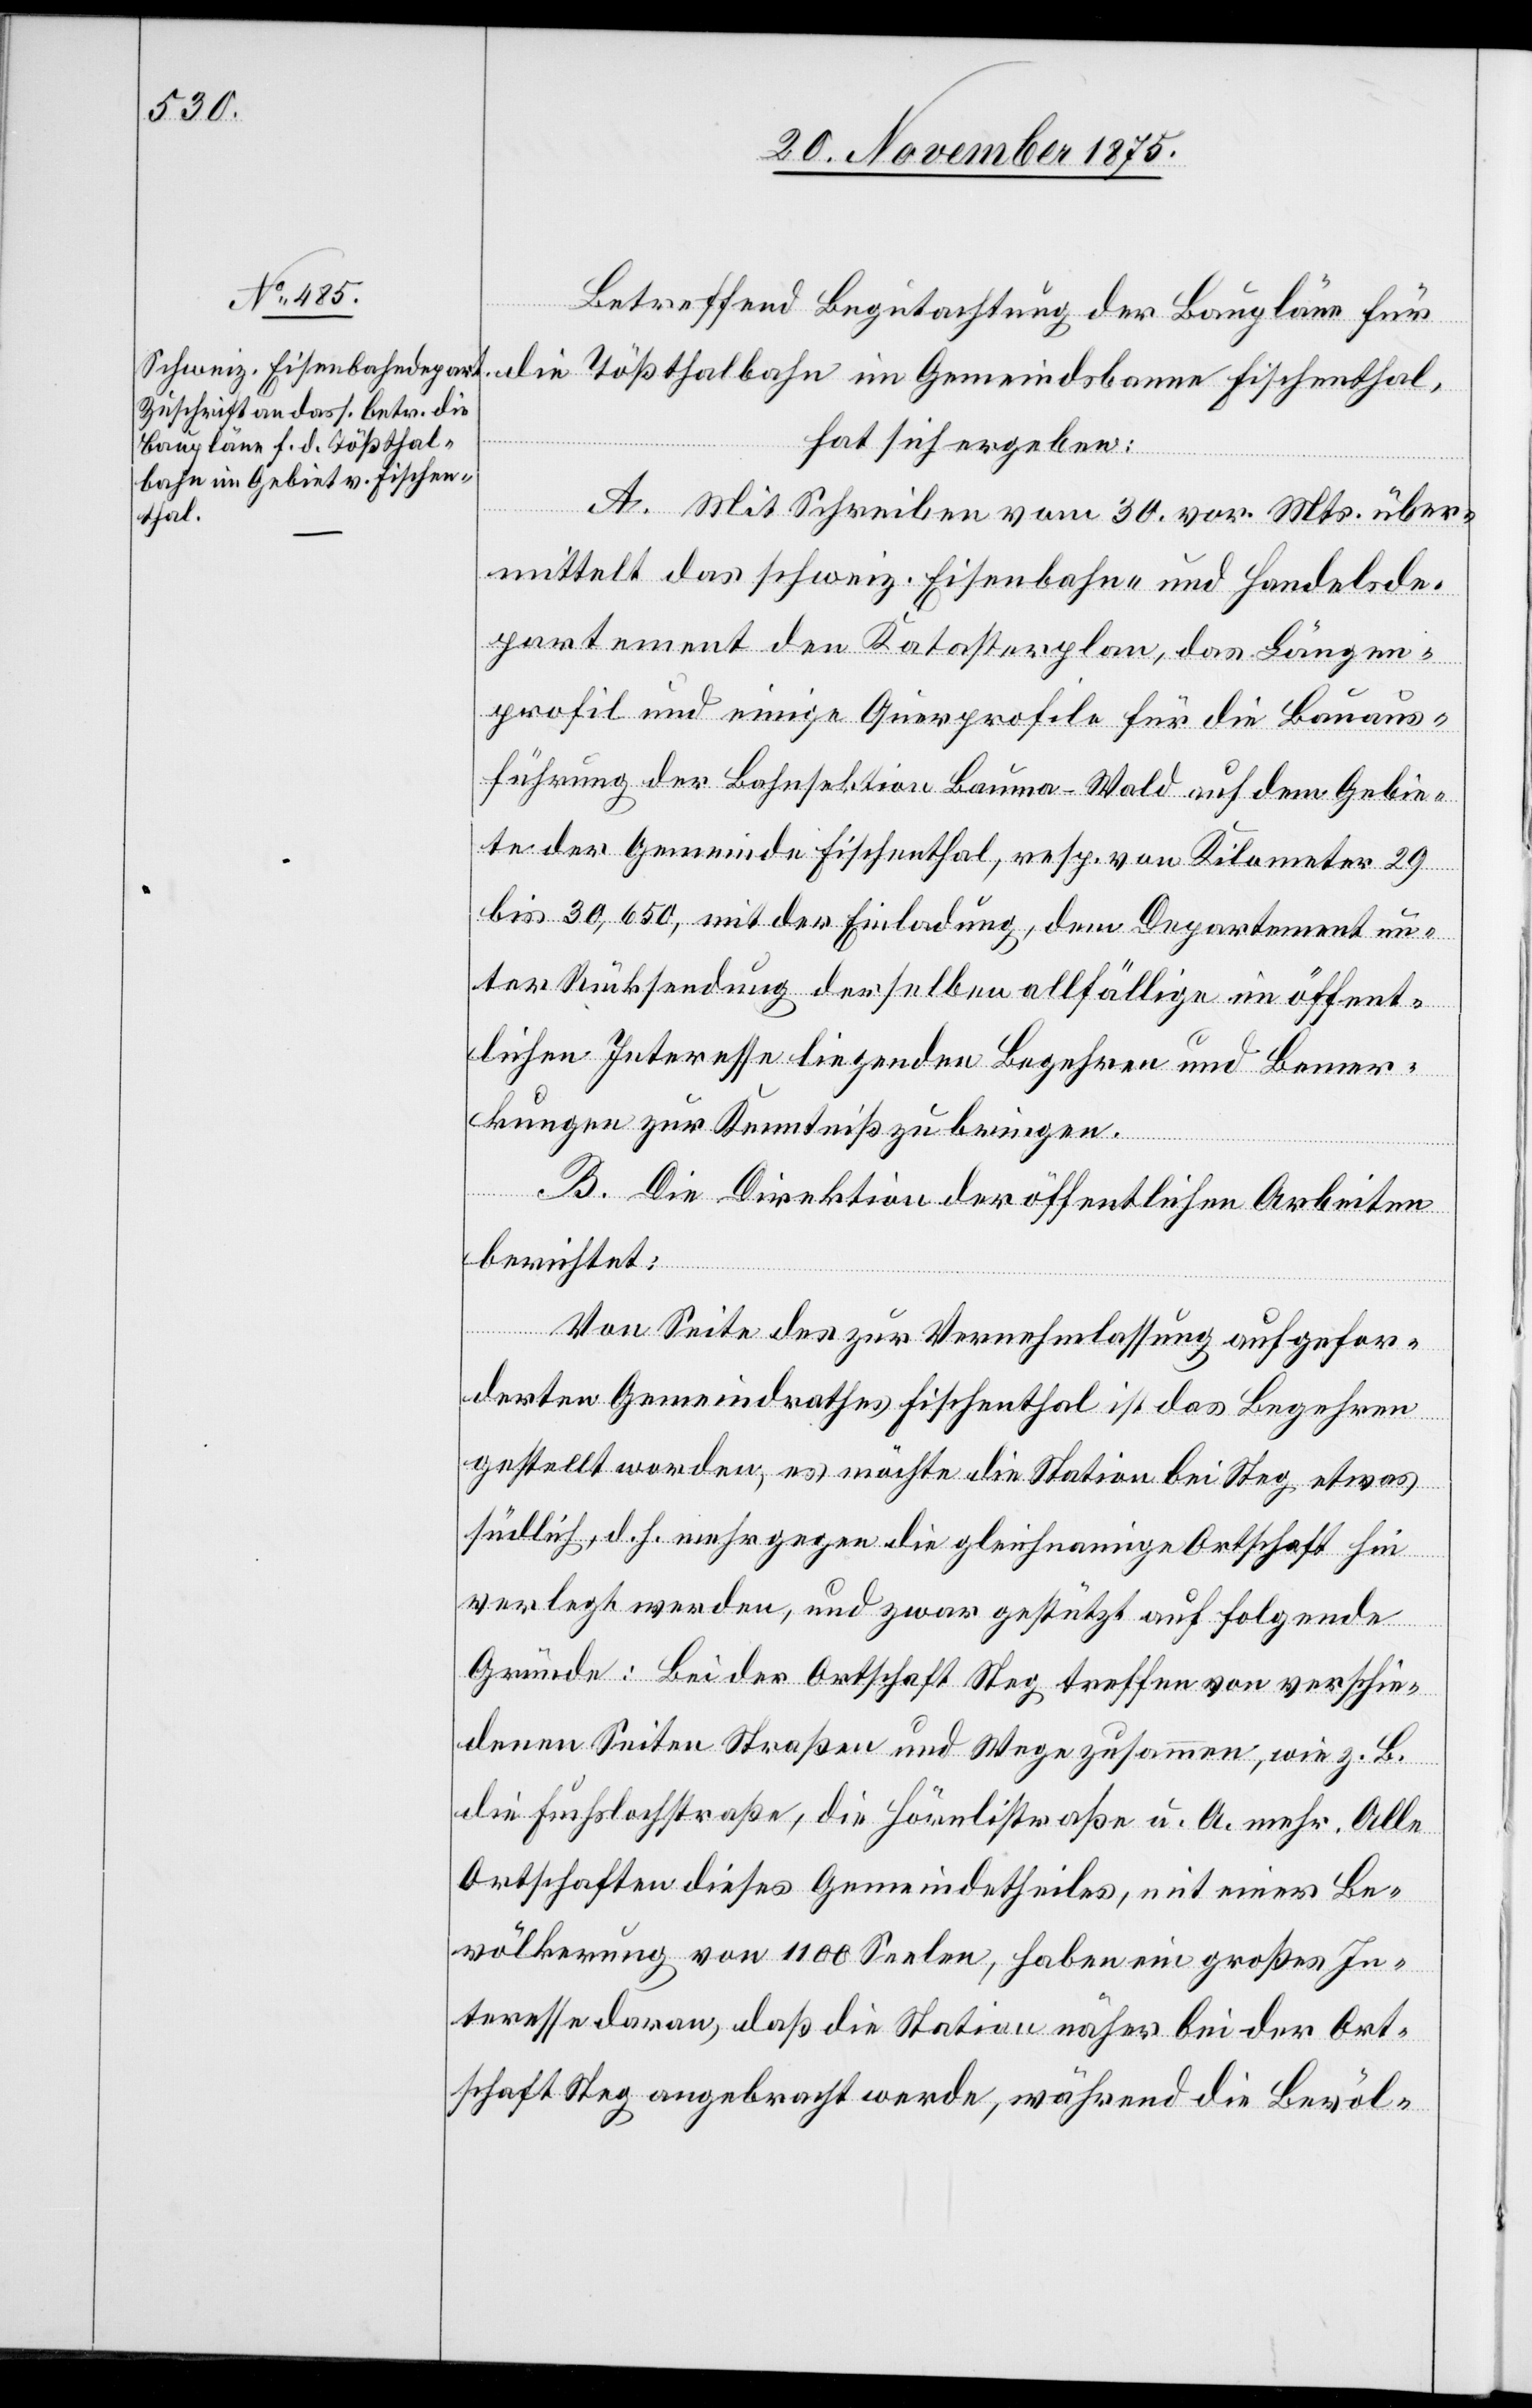
Betreffend Begutachtung der Baupläne für
die Tößthalbahn im Gemeindsbanne Fischenthal,
hat sich ergeben:
A. Mit Schreiben vom 30. vor. Mts. über¬
mittelt das schweiz. Eisenbahn- und Handelsde¬
partement den Katasterplan, das Längen¬
profil und einige Querprofile für die Bauaus¬
führung der Bahnsektion Bauma–Wald auf dem Gebie¬
te der Gemeinde Fischenthal, resp. von Kilometer 29
bis 30,650, mit der Einladung, dem Departement un¬
ter Rücksendung derselben allfällige im öffent¬
lichen Interesse liegenden Begehren und Bemer¬
kungen zur Kenntniß zu bringen.
B. Die Direktion der öffentlichen Arbeiten
berichtet:
Von Seite des zur Vernehmlassung aufgefor¬
derten Gemeindrathes Fischenthal ist das Begehren
gestellt worden, es möchte die Station bei Steg etwas
südlich, d. h. mehr gegen die gleichnamige Ortschaft hin
verlegt werden, und zwar gestützt auf folgende
Gründe: Bei der Ortschaft Steg treffen von verschie¬
denen Seiten Straßen und Wege zusammen, wie z. B.
die Fuchslochstraße, die Hörnlistraße u. A. mehr. Alle
Ortschaften dieses Gemeindetheiles mit einer Be¬
völkerung von 1100 Seelen, haben ein großes In¬
teresse daran, daß die Station näher bei der Ort¬
schaft Steg angebracht werde, während die Bevöl-